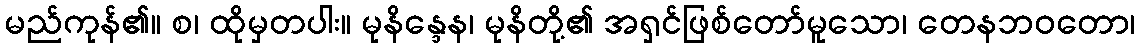
မည်ကုန်၏။ စ၊ ထိုမှတပါး။ မုနိန္ဒေန၊ မုနိတို့၏ အရှင်ဖြစ်တော်မူသော၊ တေနဘဝတော၊